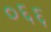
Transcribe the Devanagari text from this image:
०६६